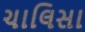
ચાલિસા